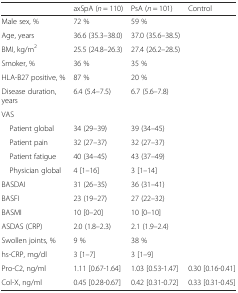
|  | axSpA (n = 110) | PsA (n = 101) | Control |
 | --- | --- | --- | --- |
 | Male sex, % | 72 % | 59 % |  |
 | Age, years | 36.6 (35.3–38.0) | 37.0 (35.6–38.5) |  |
 | BMI, kg/m2 | 25.5 (24.8–26.3) | 27.4 (26.2–28.5) |  |
 | Smoker, % | 36 % | 35 % |  |
 | HLA-B27 positive, % | 87 % | 20 % |  |
 | Disease duration, years | 6.4 (5.4–7.5) | 6.7 (5.6–7.8) |  |
 | VAS |  |  |  |
 | Patient global | 34 (29–39) | 39 (34–45) |  |
 | Patient pain | 32 (27–37) | 32 (27–37) |  |
 | Patient fatigue | 40 (34–45) | 43 (37–49) |  |
 | Physician global | 4 [1–16] | 3 [1–14] |  |
 | BASDAI | 31 (26–35) | 36 (31–41) |  |
 | BASFI | 23 (19–27) | 27 (22–32) |  |
 | BASMI | 10 [0–20] | 10 [0–10] |  |
 | ASDAS (CRP) | 2.0 (1.8–2.3) | 2.1 (1.9–2.4) |  |
 | Swollen joints, % | 9 % | 38 % |  |
 | hs-CRP, mg/dl | 3 [1–7] | 3 [1–9] |  |
 | Pro-C2, ng/ml | 1.11 [0.67-1.64] | 1.03 [0.53-1.47] | 0.30 [0.16-0.41] |
 | Col-X, ng/ml | 0.45 [0.28-0.67] | 0.42 [0.31-0.72] | 0.33 [0.31-0.45] |